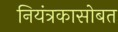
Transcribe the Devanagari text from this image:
नियंत्रकासोबत